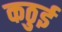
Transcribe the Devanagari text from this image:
कठुई